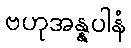
ဗဟုအန္နပါနံ